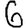
Digit: 6